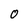
Character: O